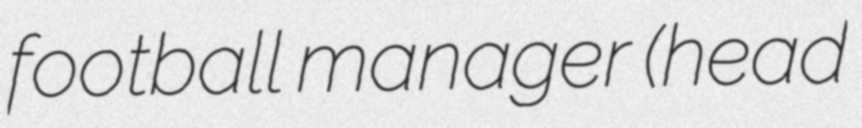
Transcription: football manager (head